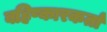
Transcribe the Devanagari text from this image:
बहिष्कारकर्ता